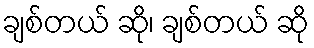
ချစ်တယ် ဆို၊ ချစ်တယ် ဆို